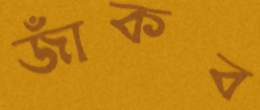
জাঁকব